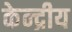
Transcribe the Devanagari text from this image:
केन्‍द्रीय